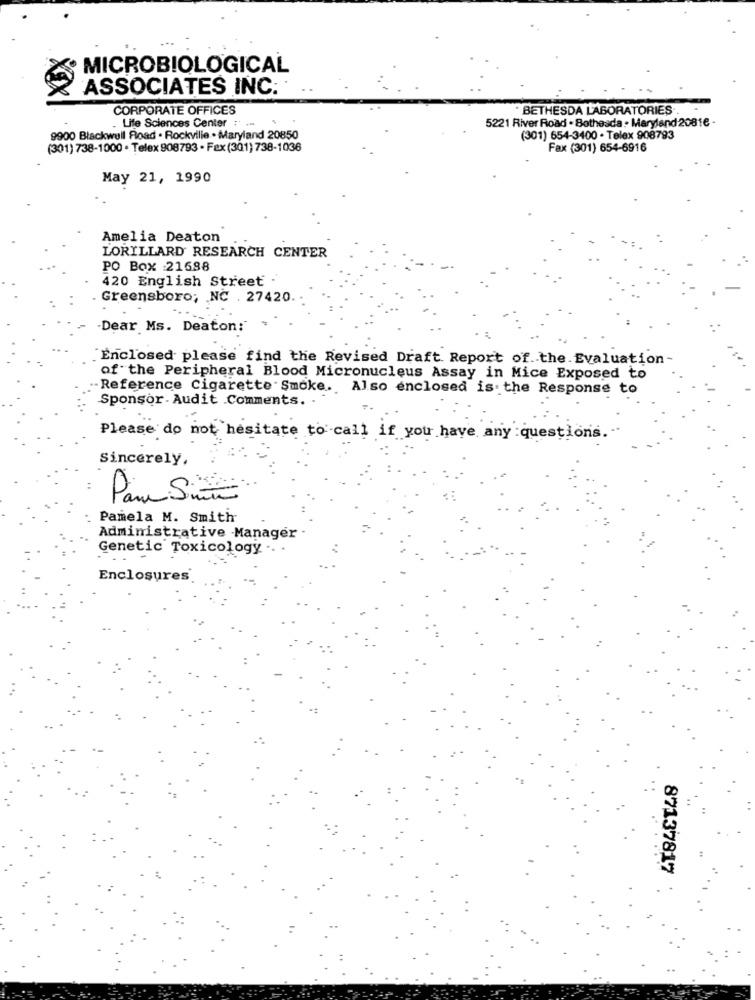
MICROBIOLOGICAL
ASSOCIATES INC.
CORPORATE OFFICES
BETHESDA LABORATORIES ..
5221 River Road . Bothesda . Maryland 20816 -
. Life Sciences Center : .-
9900 Blackwell Road . Rockville . Maryland 20850
(301) 654-3400 . Telex 908793
(301) 738-1000 . Telex 908793 - Fax (301) 738-1036
Fax (301) 654-6916
May 21, 1990
Amelia Deaton
LORILLARD RESEARCH CENTER
PO Box :21688
420 English Street .
Greensboro; NC . 27420.
Dear Ms. Deaton:
Enclosed please find the Revised Draft Report of. the Evaluation-
of the Peripheral Blood Micronucleus Assay in Mice Exposed to
Reference Cigarette Smoke. Also enclosed is. the Response to
Sponsor- Audit .Comments. .
Please do not hesitate to call if you have any questions .-
Sincerely,
Pamela M. Smith
Administrative Manager -
Genetic Toxicology
Enclosures
87137817